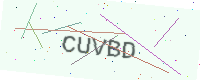
Text: CUVBD